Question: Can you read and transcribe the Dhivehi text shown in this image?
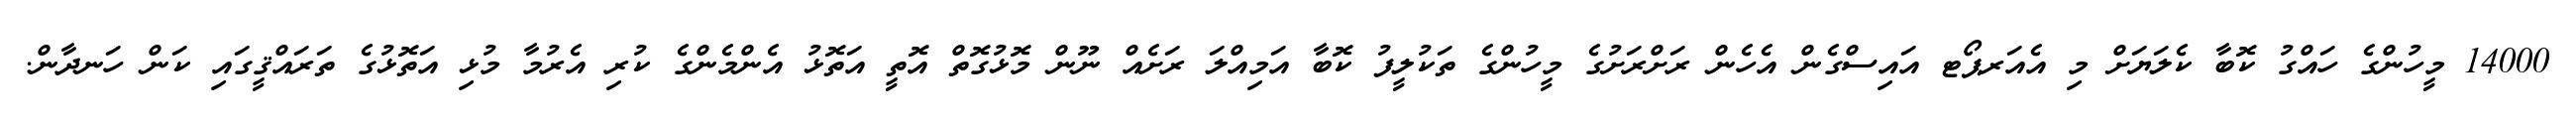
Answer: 14000 މީހުންގެ ހައްގު ކޮބާ ކެލަޔަށް މި އެއަރޕޯޓ އައިސްގެން އެހެން ރަށްރަށުގެ މީހުންގެ ތަކުލީފު ކޮބާ އަމިއްލަ ރަށެއް ނޫން މޮޅުގޮތް އޮތީ އަތޮޅު އެންމެންގެ ކުރި އެރުމާ މުޅި އަތޮޅުގެ ތަރައްޤީގައި ކަން ހަނދާން.